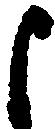
よ